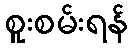
စူးစမ်းရန်